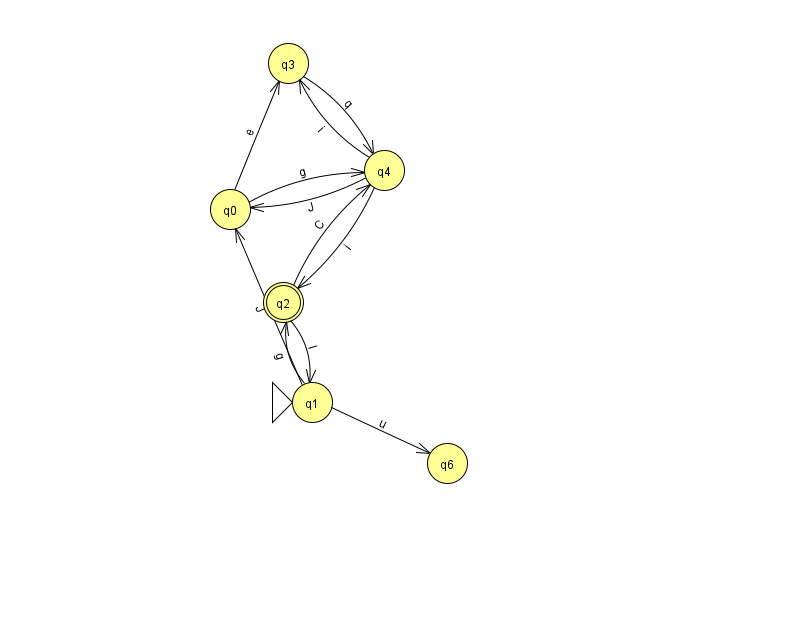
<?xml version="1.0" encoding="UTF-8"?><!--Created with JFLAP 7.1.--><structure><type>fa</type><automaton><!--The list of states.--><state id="0" name="q0"><x>230.0</x><y>196.0</y></state><state id="1" name="q1"><x>312.0</x><y>389.0</y><initial/></state><state id="2" name="q2"><x>283.0</x><y>289.0</y><final/></state><state id="3" name="q3"><x>288.0</x><y>50.0</y></state><state id="4" name="q4"><x>384.0</x><y>157.0</y></state><state id="6" name="q6"><x>447.0</x><y>450.0</y></state><!--The list of transitions.--><transition><from>2</from><to>4</to><read>C</read></transition><transition><from>4</from><to>0</to><read>J</read></transition><transition><from>2</from><to>1</to><read>l</read></transition><transition><from>3</from><to>4</to><read>q</read></transition><transition><from>0</from><to>3</to><read>e</read></transition><transition><from>1</from><to>0</to><read>J</read></transition><transition><from>4</from><to>2</to><read>i</read></transition><transition><from>0</from><to>4</to><read>g</read></transition><transition><from>1</from><to>2</to><read>g</read></transition><transition><from>1</from><to>6</to><read>u</read></transition><transition><from>4</from><to>3</to><read>i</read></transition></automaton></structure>